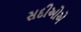
સદીઓએ